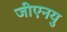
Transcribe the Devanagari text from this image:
जीएनयु